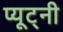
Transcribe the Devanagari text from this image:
प्यूट्नी